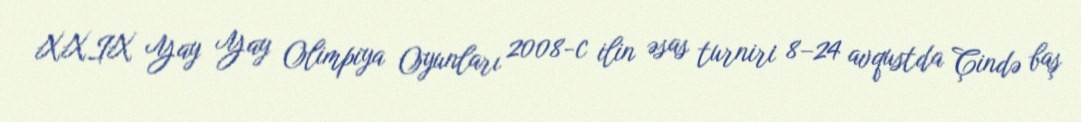
XXIX Yay Yay Olimpiya Oyunları 2008-c ilin əsas turniri 8–24 avqustda Çində baş